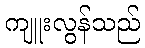
ကျူးလွန်သည်